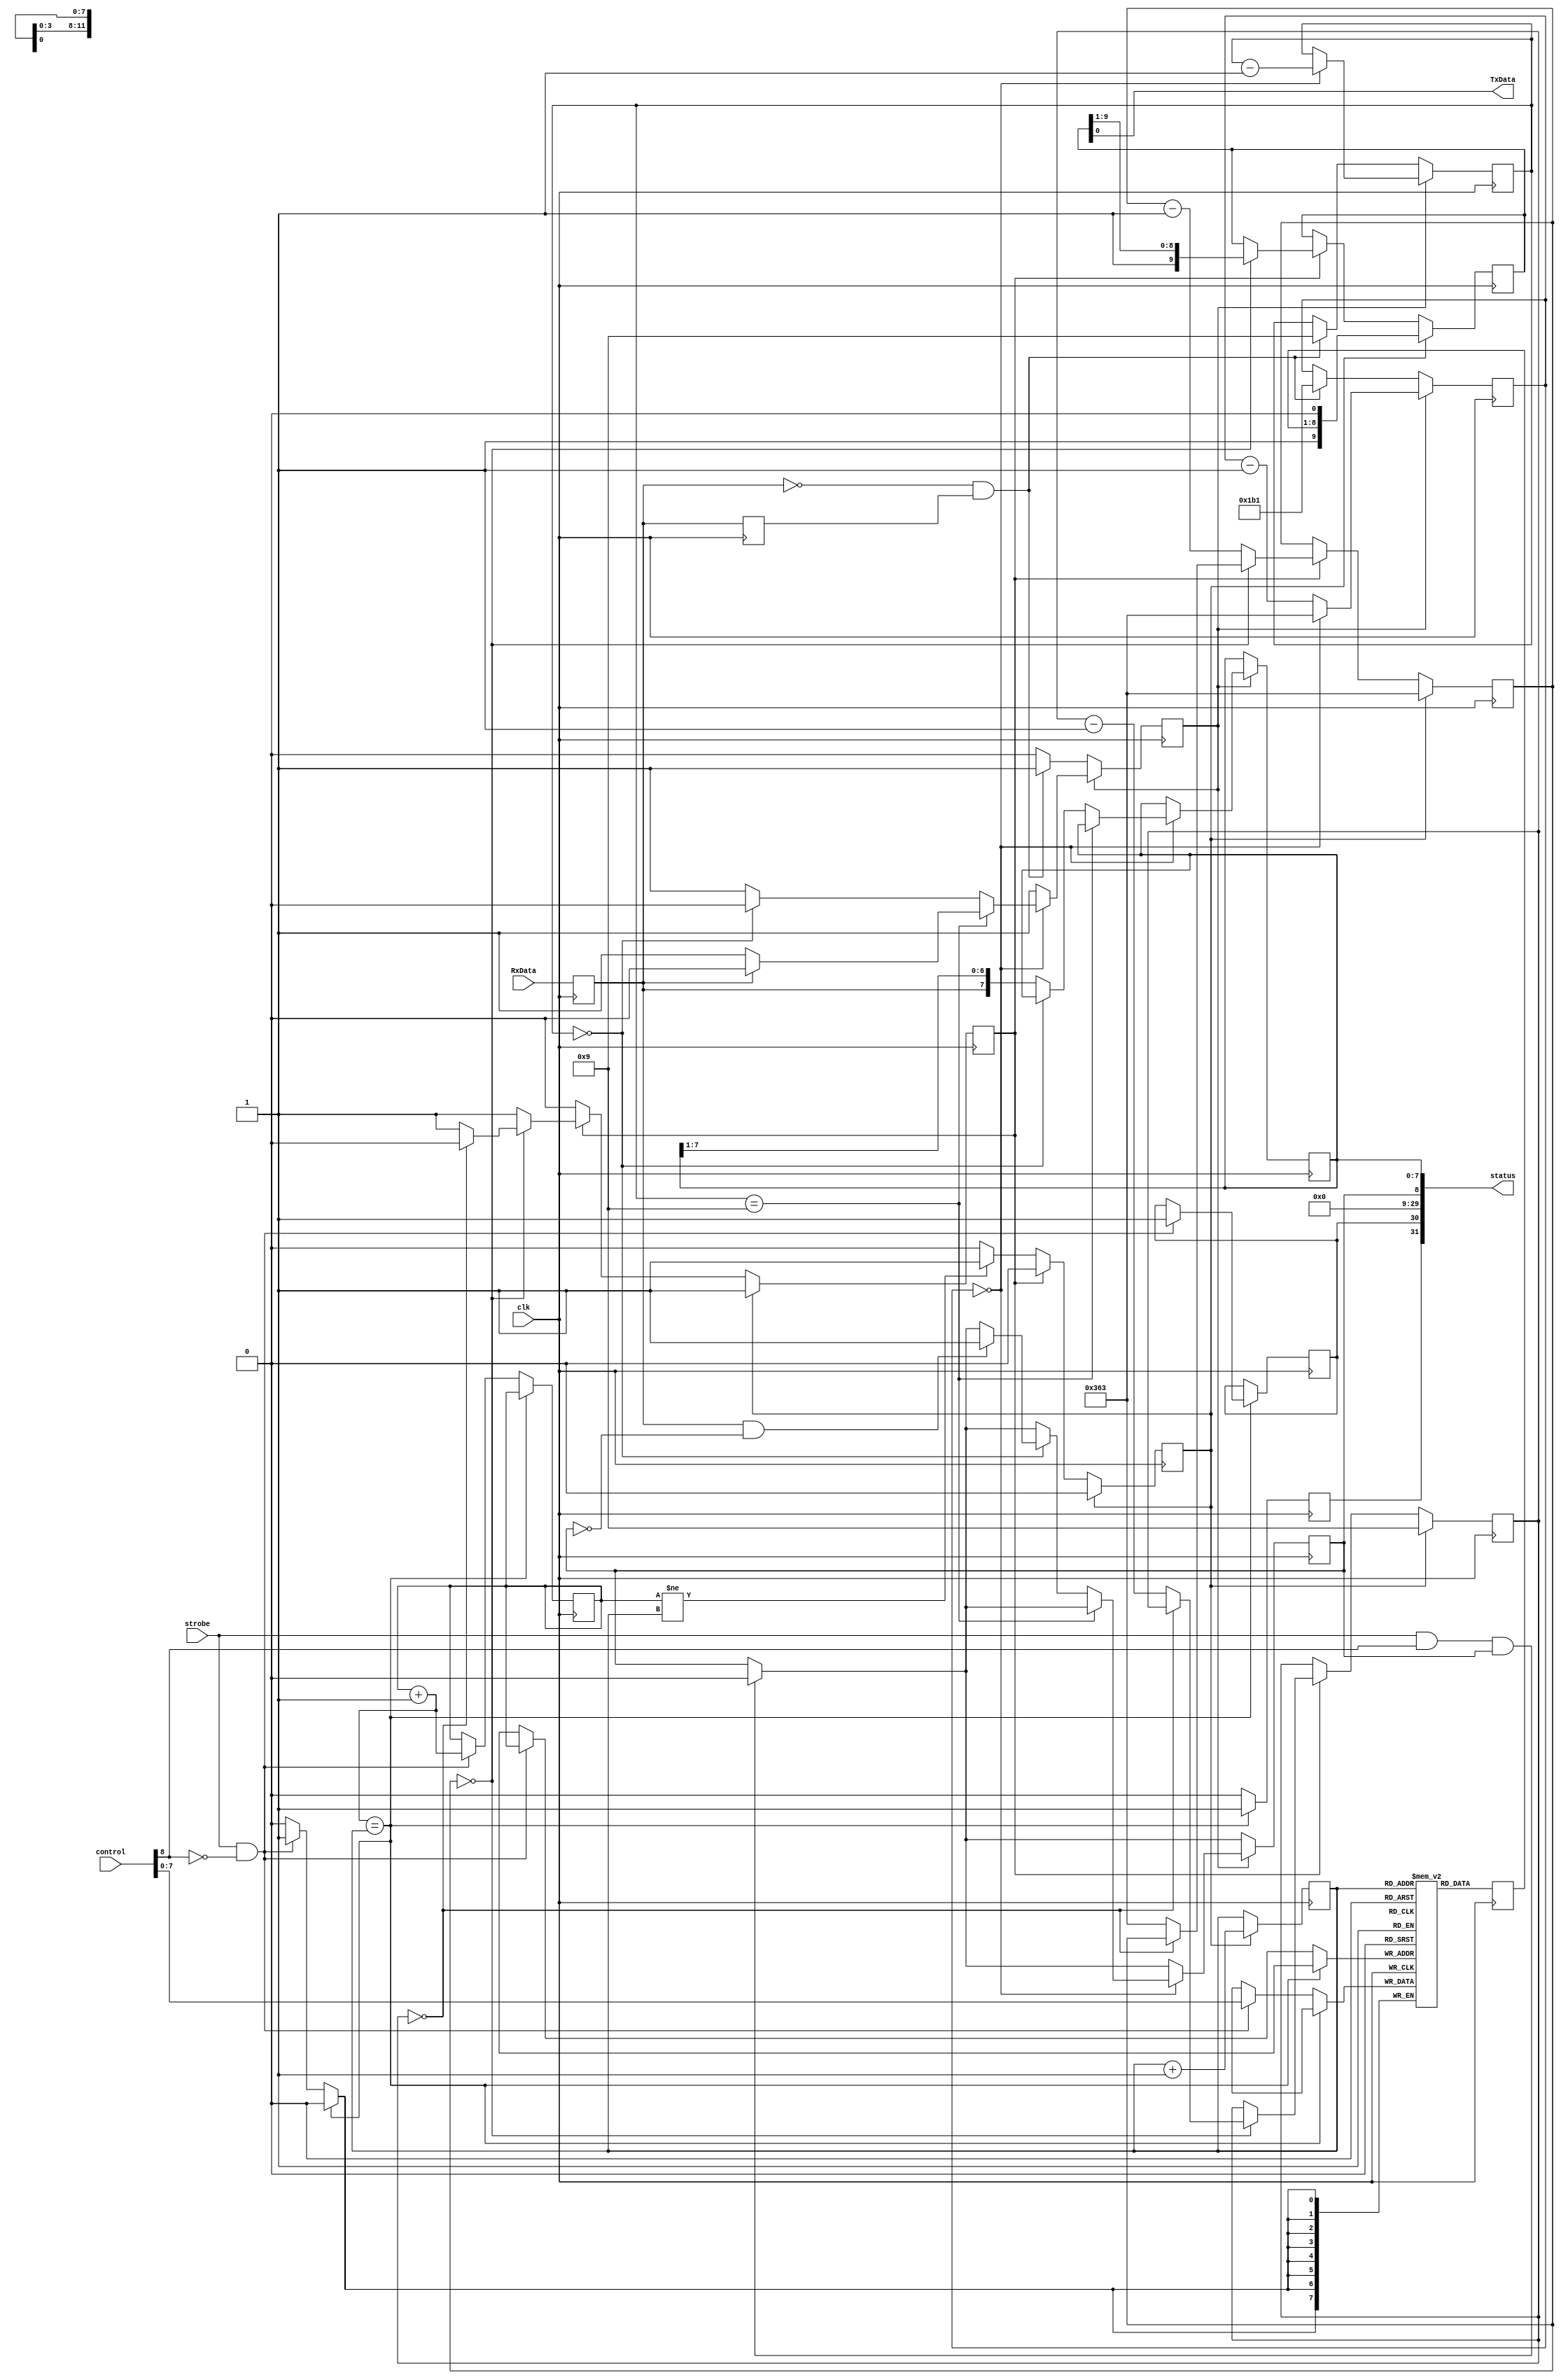
//
// Simple UART and FIFO
// Use this to simplify console I/O
//
module fifoUART #(
    parameter CLK_RATE = 100000000,
    parameter BIT_RATE = 115200) (
    input wire         clk,
    input wire         strobe,
    input  wire [31:0] control,
    output wire [31:0] status,
    output wire        TxData,
    input  wire        RxData);

localparam FULLBIT_RELOAD = ((CLK_RATE + (BIT_RATE/2)) / BIT_RATE) - 1;
localparam HALFBIT_RELOAD = ((CLK_RATE + BIT_RATE) / (BIT_RATE*2)) - 1;
parameter CLKDIVIDER_WIDTH = $clog2(FULLBIT_RELOAD+1);
localparam L2_FIFO_SIZE = 12;


reg       txFull = 0, txOverrun = 0;
reg [3:0] txBitsLeft = 0;
reg       txStart = 0, txActive = 0;
reg [CLKDIVIDER_WIDTH-1:0] txDivider = 0;

reg [7:0] txDPRAM [0:(1<<L2_FIFO_SIZE)-1];
reg [7:0] txFIFO;
reg [L2_FIFO_SIZE-1:0] txFifoHead = 0, txFifoTail = 0;

reg [9:0] txShift = 10'h3FF;
assign TxData = txShift[0];

reg       rxActive = 0, RxData_d0, RxData_d1, rxReady = 0;
reg [7:0] rxByte;
reg [3:0] rxBitsLeft = 0;
reg [CLKDIVIDER_WIDTH-1:0] rxDivider = 0;
assign status = {txFull, txOverrun, {32-3-8{1'b0}}, rxReady, rxByte};

always @(posedge clk) begin
    //
    // Transmitter
    //
    if ((txFifoHead + {{L2_FIFO_SIZE-1{1'b0}},1'b1}) == txFifoTail) begin
        if (strobe && !control[8]) begin
            txOverrun <= 1;
        end
        txFull <= 1;
    end
    else begin
        txFull <= 0;
        if (strobe && !control[8]) begin
            txDPRAM[txFifoHead] <= control[7:0];
            txFifoHead <= txFifoHead + 1;
        end
    end

    txFIFO <= txDPRAM[txFifoTail];
    if (txStart) begin
        txShift <= { 1'b1, txFIFO, 1'b0 };
        txFifoTail <= txFifoTail + 1;
        txStart <= 0;
        txActive <= 1;
        txBitsLeft <= 9;
        txDivider <= FULLBIT_RELOAD;
    end
    else if (txActive) begin
        if (txDivider == 0) begin
            txShift <= { 1'b1, txShift[9:1] };
            if (txBitsLeft == 0) begin
                txActive <= 0;
            end
            else begin
                txBitsLeft <= txBitsLeft - 1;
                txDivider <= FULLBIT_RELOAD;
            end
        end
        else begin
            txDivider <= txDivider - 1;
        end
    end
    else begin
        if (txFifoHead != txFifoTail) begin
            txStart <= 1;
        end
    end

    //
    // Receiver
    // Simple double-buffer.  No FIFO.
    //
    RxData_d0 <= RxData;
    RxData_d1 <= RxData_d0;
    if (strobe && control[8] && rxReady) rxReady <= 0;
    if (rxActive) begin
        if (rxDivider == 0) begin
            rxDivider <= FULLBIT_RELOAD;
            rxBitsLeft <= rxBitsLeft - 1;
            if (rxBitsLeft == 9) begin
                if (RxData_d0) begin
                    rxActive <= 0;
                end
            end
            else if (rxBitsLeft == 0) begin
                if (RxData_d0 && !rxReady) rxReady <= 1;
                rxActive <= 0;
            end
            else begin
                rxByte <= { RxData_d0, rxByte[7:1] };
            end
        end
        else begin
            rxDivider <= rxDivider - 1;
        end
    end
    else if ((RxData_d0 == 0) && (RxData_d1 == 1)) begin
        rxBitsLeft <= 9;
        rxActive <= 1;
        rxDivider <= HALFBIT_RELOAD;
    end
end

endmodule